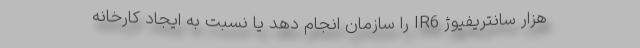
هزار سانتریفیوژ IR6 را سازمان انجام دهد یا نسبت به ایجاد کارخانه